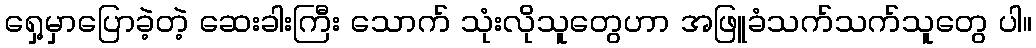
ရှေ့မှာပြောခဲ့တဲ့ ဆေးခါးကြီး သောက် သုံးလိုသူတွေဟာ အဖြူခံသက်သက်သူတွေ ပါ။